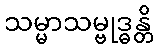
သမ္မာသမ္ဗုဒ္ဓန္တိ